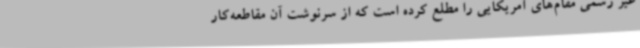
غیر رسمی مقام‌های آمریکایی را مطلع کرده است که از سرنوشت آن مقاطعه‌کار